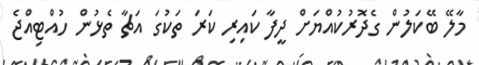
މާލޭ ބޭކަލުން ގެދޮރުކުއްޔަށް ދީފާ ކައިރި ކަރަ ތަކުގަ އަޗާ ތެޅުން ހުއްޓިއްޖެ